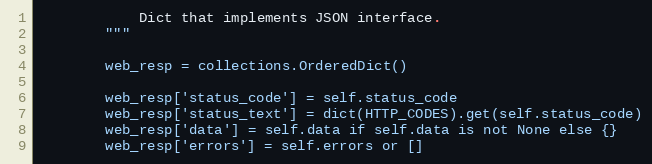
Language: Python
            Dict that implements JSON interface.
        """

        web_resp = collections.OrderedDict()

        web_resp['status_code'] = self.status_code
        web_resp['status_text'] = dict(HTTP_CODES).get(self.status_code)
        web_resp['data'] = self.data if self.data is not None else {}
        web_resp['errors'] = self.errors or []